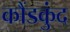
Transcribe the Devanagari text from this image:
कौंडकुंद